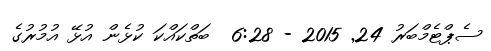
ސެޕްޓެމްބަރު 24